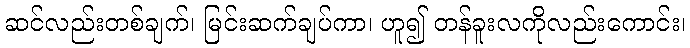
ဆင်လည်းတစ်ချက်၊ မြင်းဆက်ချပ်ကာ၊ ဟူ၍ တန်ခူးလကိုလည်းကောင်း၊